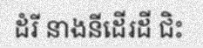
ដំរី នាងនីដើរដី ជិះ